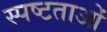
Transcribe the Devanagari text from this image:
स्पष्टताओं